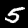
Digit: 5